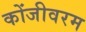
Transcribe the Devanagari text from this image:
कोंजीवरम